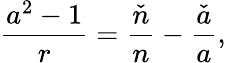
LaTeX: \frac{a^{2}-1}{r}=\frac{\check{n}}{n}-\frac{\check{a}}{a},